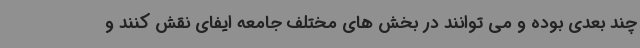
چند بعدی بوده و می توانند در بخش های مختلف جامعه ایفای نقش کنند و